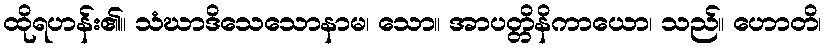
ထိုရဟန်း၏။ သံဃာဒိသေသောနာမ၊ သော။ အာပတ္တိနိကာယော၊ သည်။ ဟောတိ၊